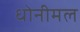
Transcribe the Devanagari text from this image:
धोनीमल